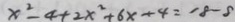
x ^ { 2 } - 4 + 2 x ^ { 2 } + 6 x + 4 = 1 8 - 8